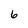
Character: 6